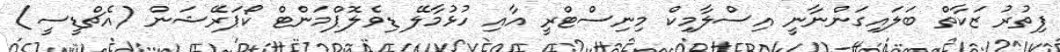
ފިތުރު ޒަކާތް ބަލައިގަންނާނީ އިސްލާމިކް މިނިސްޓްރީ އާއި ހުޅުމާލޭ ޑިވެލޮޕްމަންޓް ކޯޕަރޭޝަން (އެޗްޑީސީ)